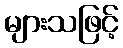
များသဖြင့်